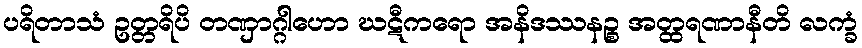
ပရိတာသံ ဥတ္တရိပိ တဏှာဂ္ဂါဟော ဃဋီကရော အနိဒဿနဉ္စ အတ္ထရဏာနီတိ လက္ခံ